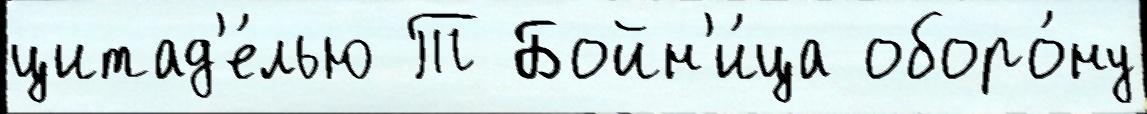
цитад'е́лью Т Бойн'и́ца оборо́ну